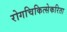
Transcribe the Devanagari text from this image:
रोगचिकित्सेकरिता